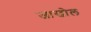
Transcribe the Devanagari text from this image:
जाखोल